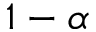
1 - \alpha